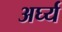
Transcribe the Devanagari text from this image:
अर्घ्य